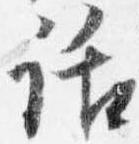
話